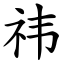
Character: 祎